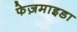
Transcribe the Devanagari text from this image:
फेज़माइडा